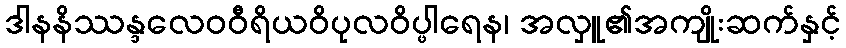
ဒါနနိဿန္ဒလေဝဝီရိယဝိပုလဝိပ္ဖါရေန၊ အလှူ၏အကျိုးဆက်နှင့်